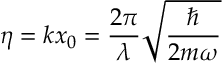
\eta = k x _ { 0 } = \frac { 2 \pi } { \lambda } \sqrt { \frac { \hbar } { 2 m \omega } }